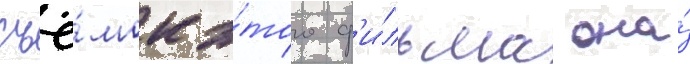
съё́мок э́того ф'и́льма она́